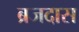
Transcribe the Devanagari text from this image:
ब्रजदास